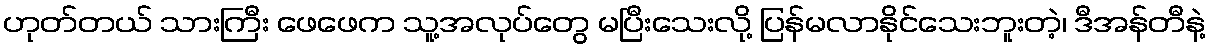
ဟုတ်တယ် သားကြီး ဖေဖေက သူ့အလုပ်တွေ မပြီးသေးလို့ ပြန်မလာနိုင်သေးဘူးတဲ့၊ ဒီအန်တီနဲ့